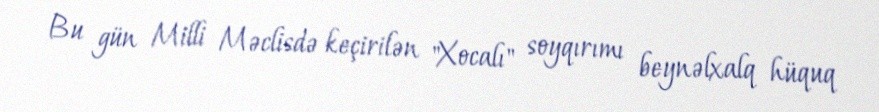
Bu gün Milli Məclisdə keçirilən "Xocalı" soyqırımı beynəlxalq hüquq